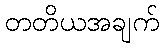
တတိယအချက်